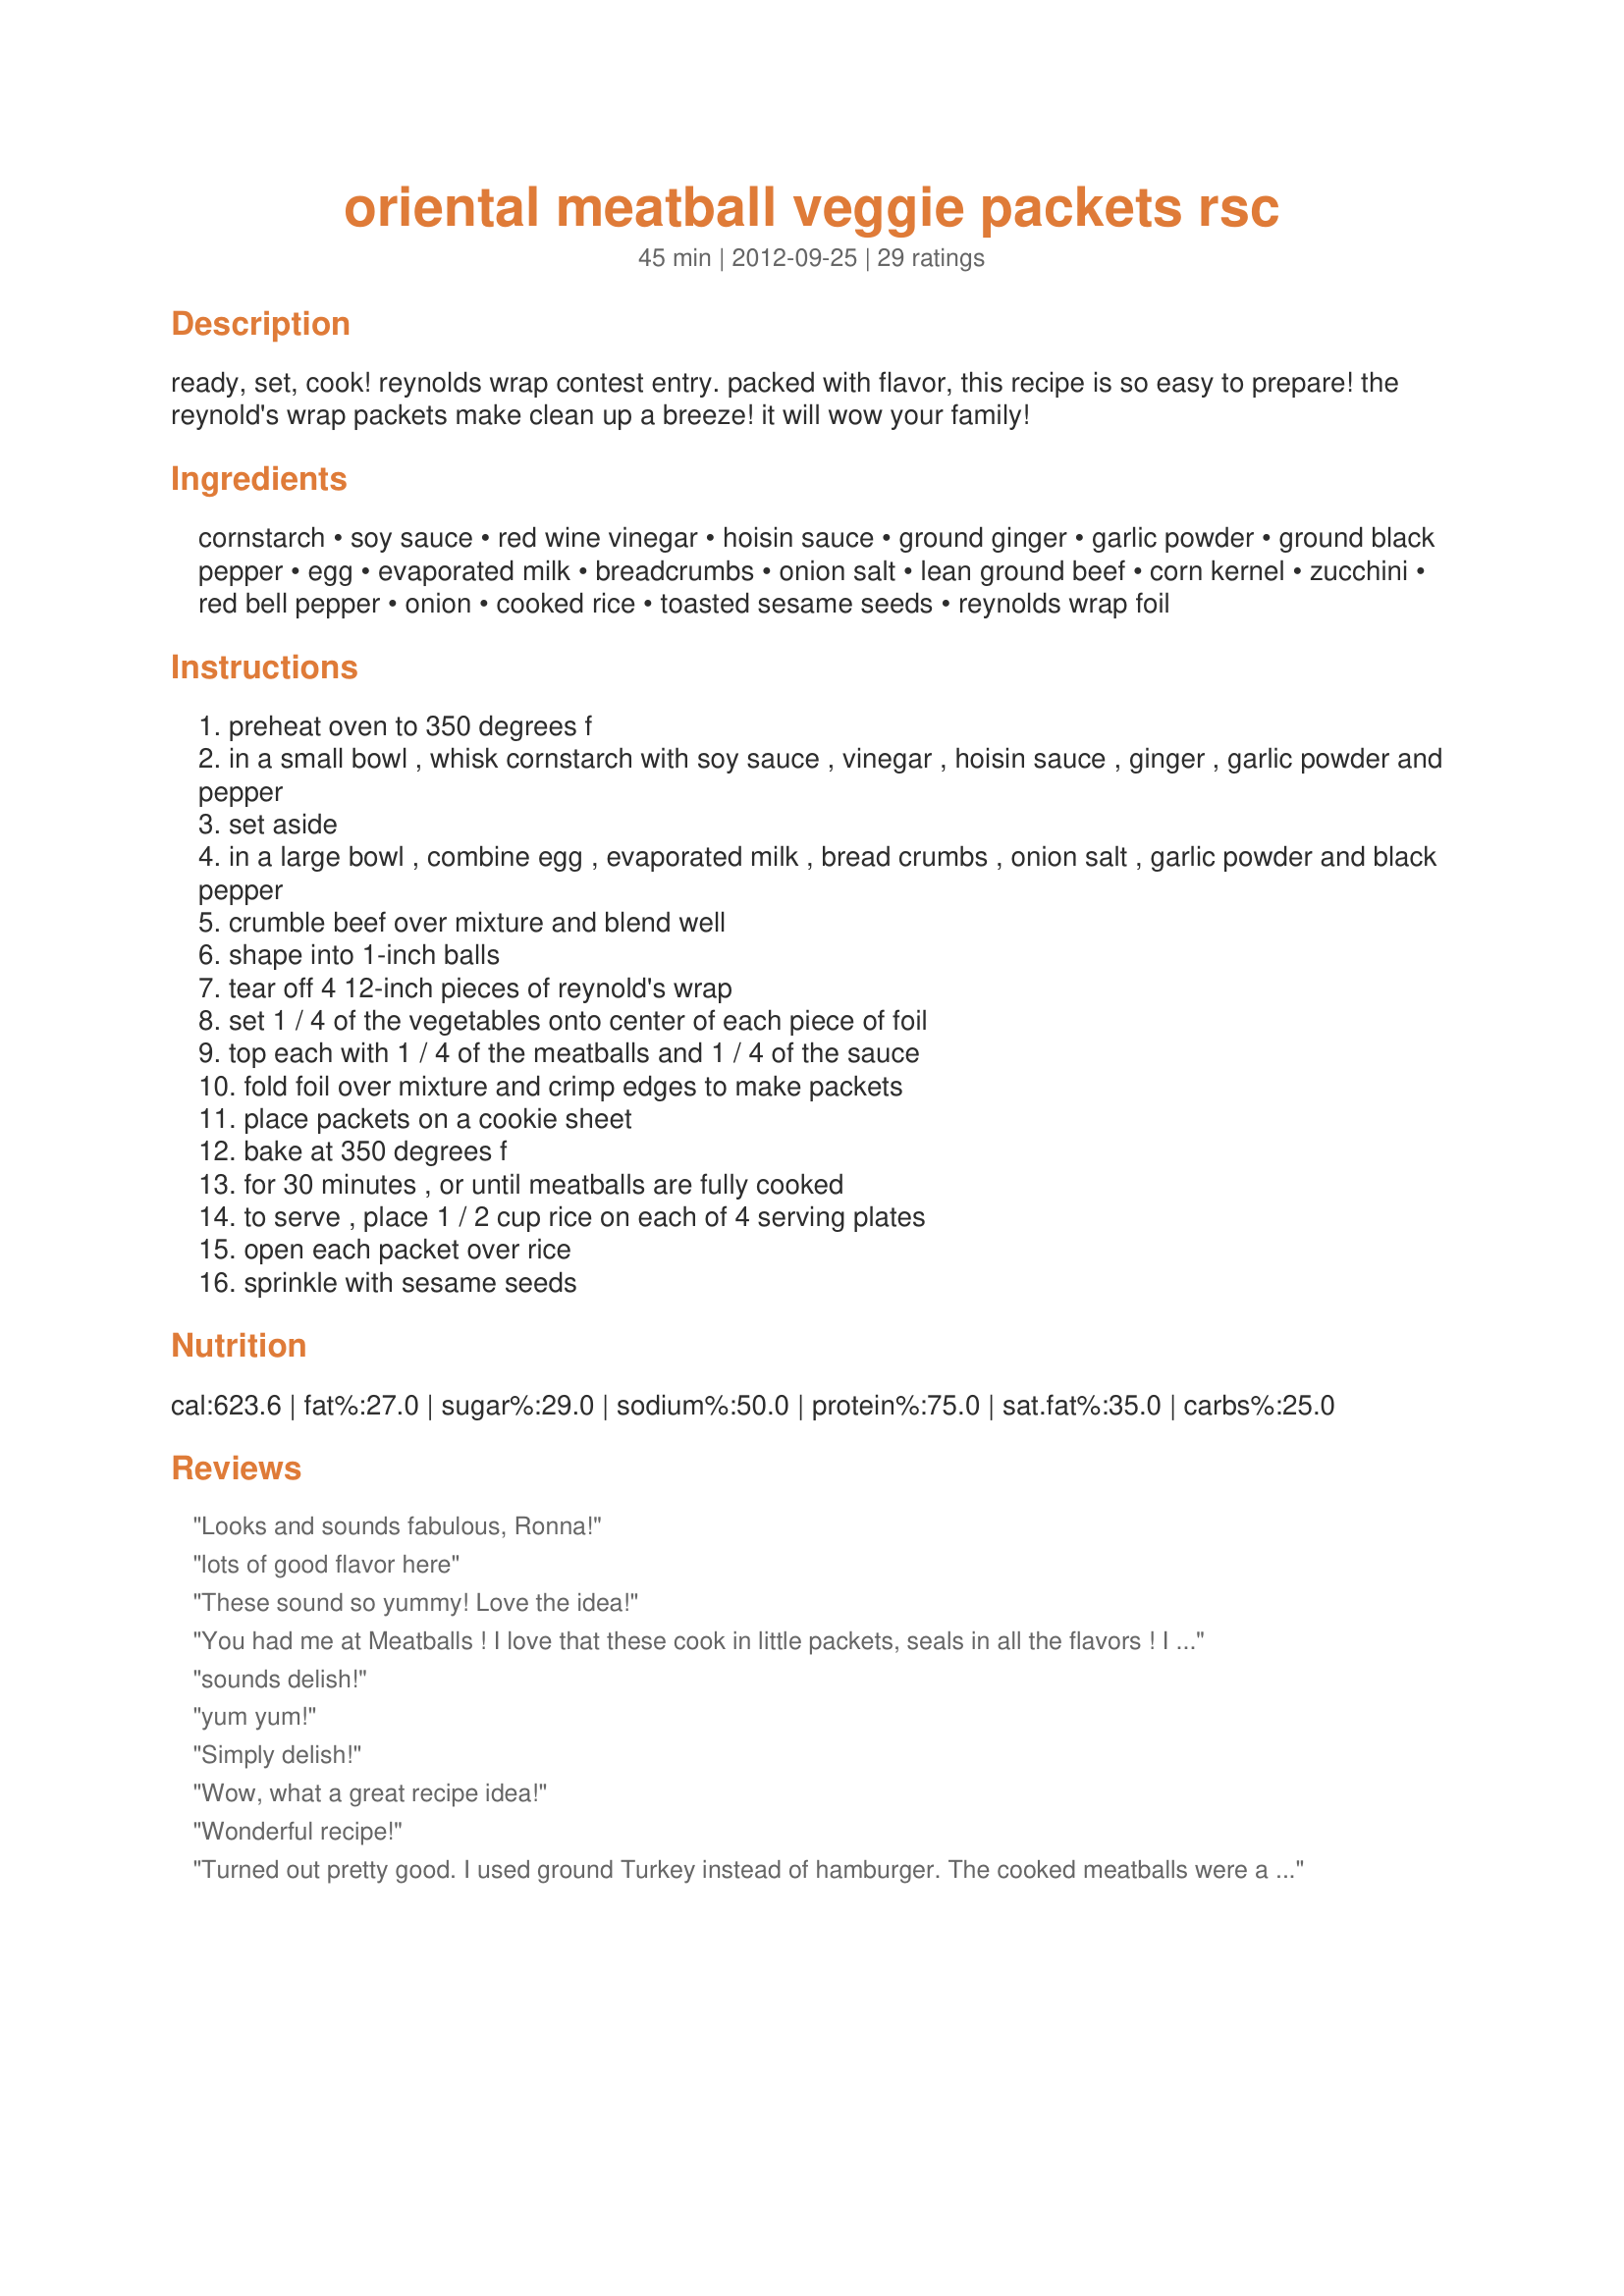
oriental meatball veggie packets rsc
Preparation time: 45 minutes

ready, set, cook! reynolds wrap contest entry. packed with flavor, this recipe is so easy to prepare! the reynold's wrap packets make clean up a breeze! it will wow your family!

Ingredients:
cornstarch, soy sauce, red wine vinegar, hoisin sauce, ground ginger, garlic powder, ground black pepper, egg, evaporated milk, breadcrumbs, onion salt, lean ground beef, corn kernel, zucchini, red bell pepper, onion, cooked rice, toasted sesame seeds, reynolds wrap foil

Steps:
preheat oven to 350 degrees f
in a small bowl , whisk cornstarch with soy sauce , vinegar , hoisin sauce , ginger , garlic powder and pepper
set aside
in a large bowl , combine egg , evaporated milk , bread crumbs , onion salt , garlic powder and black pepper
crumble beef over mixture and blend well
shape into 1-inch balls
tear off 4 12-inch pieces of reynold's wrap
set 1 / 4 of the vegetables onto center of each piece of foil
top each with 1 / 4 of the meatballs and 1 / 4 of the sauce
fold foil over mixture and crimp edges to make packets
place packets on a cookie sheet
bake at 350 degrees f
for 30 minutes , or until meatballs are fully cooked
to serve , place 1 / 2 cup rice on each of 4 serving plates
open each packet over rice
sprinkle with sesame seeds

Reviews:
Looks and sounds fabulous, Ronna!
lots of good flavor here
These sound so yummy! Love the idea!
You had me at Meatballs ! I love that these cook in little packets, seals in all the flavors ! I must try these soon !
sounds delish!
yum yum!
Simply delish!
Wow, what a great recipe idea!
Wonderful recipe!
Turned out pretty good. I used ground Turkey instead of hamburger. The cooked meatballs were a little extra moist texture. I ended up only cooking two packets worth and froze the additional meatballs. I&#039;ll probably not foil pack them next time and just bake/broil them to get them a little more crisp. The sauce was a winner!
Sounds marvelous
Love this recipe ~ way to go~ thanks for sharing!
yum
Great combination of ingredients!
These sound perfect for any occasion ! Yum!
Looks delicious!!!!!!
Sounds So Delicious!! Love All These Flavors :-)
Looks real good!
Awesome recipe!
This looks and sounds so great! YUM!
real yummy sounding and looks real good.
Ring ring...calling for a R.S.V.P., say 7ish? Ok see ya then! Good stuff.
Great recipe!
These look delicious!! Nice Job Ronna!
Love the recipe, good job.
Yum! These are fantastic!
Looks and sounds totally yummy!!
Yummmers!
Great recipe!!! Excellent!
